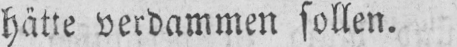
hätte verdammen sollen.